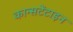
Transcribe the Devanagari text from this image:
कान्सटेंटाइन